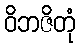
ဝိဘဇိတုံ